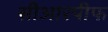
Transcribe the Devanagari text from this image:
सीआरपीफ